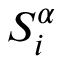
S _ { i } ^ { \alpha }